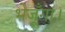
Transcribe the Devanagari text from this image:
भेजूँगा।